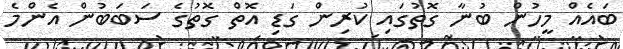
ބައެއް މީހުން ބުނާ ގޮތުގައި ކުރިން ގަޑި އޮތް ގޮތުގެ ސަބަބުން އެންމެ